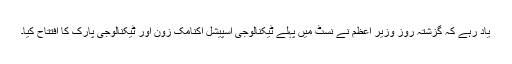
یاد رہے کہ گزشتہ روز وزیر اعظم نے نسٹ میں پہلے ٹیکنالوجی اسپیشل اکنامک زون اور ٹیکنالوجی پارک کا افتتاح کیا۔